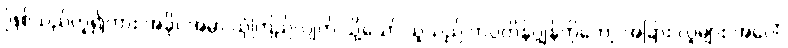
ဖြစ်သည်ဟူ၍ကား အခိုင်အမာ ယုံကြည်လျက် သို့သော် သူသည် ကပ္ပတိန်ဂျွန်ကိုတော့ အခြား လူများ အပေါ်